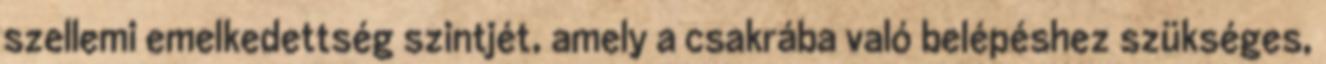
szellemi emelkedettség szintjét, amely a csakrába való belépéshez szükséges,